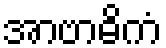
အာဗာဓိကံ